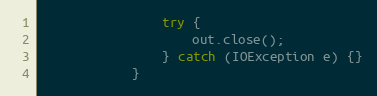
Language: Java
				try {
					out.close();
				} catch (IOException e) {}
			}